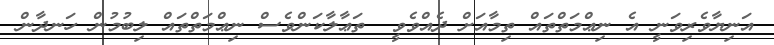
އަނިޔާވެރިވަނީ އެ ނިޢްމަތްތައް ތިމާއަށް ދެއްވެވީ  ތަޢާލާކަންވެސް ނިޢްމަތްތައް ލިބުމުން ހަނދާން